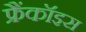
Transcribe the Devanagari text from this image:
फ्रैंकॉइस